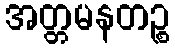
အတ္တမနတဉ္စ